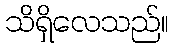
သိရှိလေသည်။